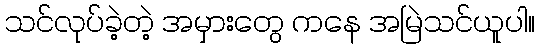
သင်လုပ်ခဲ့တဲ့ အမှားတွေ ကနေ အမြဲသင်ယူပါ။